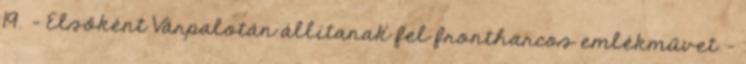
19. – Elsőként Várpalotán állítanak fel frontharcos emlékművet –